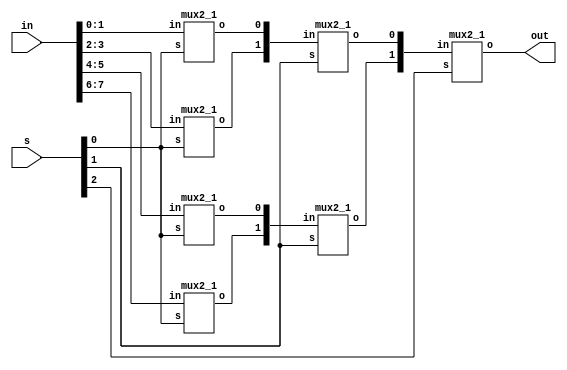

module mux8_1(out ,in ,s 
    );
output out;
input [7:0] in;
input [2:0] s;
wire [5:0] k ;
	mux2_1 mux1(k[0] , in[1:0] , s[0]);
	mux2_1 mux2(k[1] , in[3:2] , s[0]);
	mux2_1 mux3(k[2] , in[5:4] , s[0]);
	mux2_1 mux4(k[3] , in[7:6] , s[0]);
	mux2_1 mux5(k[4] , k[1:0]  , s[1]);
	mux2_1 mux6(k[5] , k[3:2]  , s[1]);
	mux2_1 mux7(out  , k[5:4]  , s[2]);
endmodule

module mux2_1( output o, input [1:0] in ,input s);
assign o = s ? in[1]:in[0];

endmodule